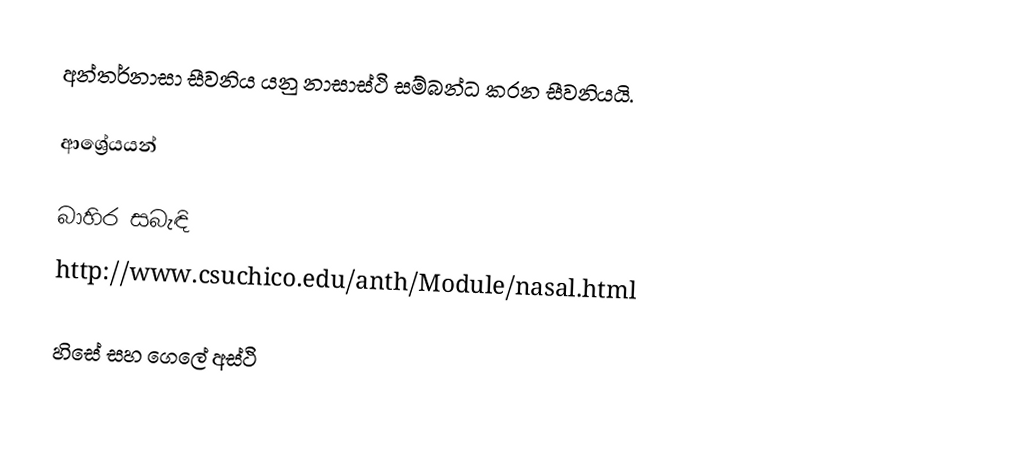
අන්තර්නාසා සීවනිය යනු නාසාස්ථි සම්බන්ධ කරන සීවනියයි.

ආශ්‍රේයයන්

බාහිර සබැඳි
 http://www.csuchico.edu/anth/Module/nasal.html

හිසේ සහ ගෙලේ අස්ථි